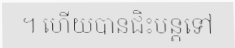
។ ហើយបានជិះបន្តទៅ